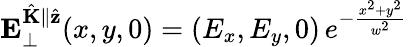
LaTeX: \mathbf{E}_{\perp}^{\hat{\mathbf{K}}\parallel\hat{\mathbf{z}}}(x,y,0)=(E_{x},E_{y},0)\, e^{-\frac{x^{2}+y^{2}}{w^{2}}}